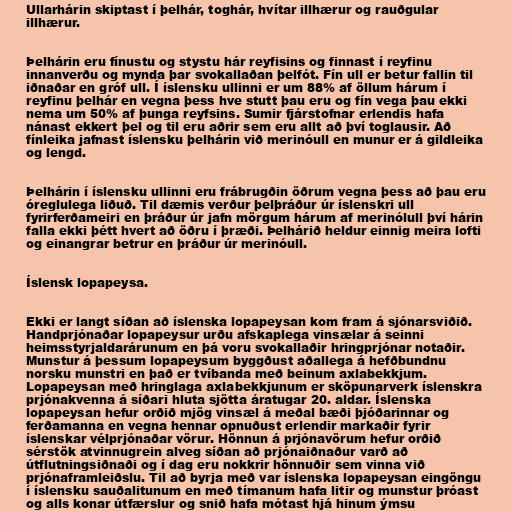
Ullarhárin skiptast í þelhár, toghár, hvítar illhærur og rauðgular
illhærur.

Þelhárin eru fínustu og stystu hár reyfisins og finnast í reyfinu
innanverðu og mynda þar svokallaðan þelfót. Fín ull er betur fallin til
iðnaðar en gróf ull. Í íslensku ullinni er um 88% af öllum hárum í
reyfinu þelhár en vegna þess hve stutt þau eru og fín vega þau ekki
nema um 50% af þunga reyfsins. Sumir fjárstofnar erlendis hafa
nánast ekkert þel og til eru aðrir sem eru allt að því toglausir. Að
fínleika jafnast íslensku þelhárin við merinóull en munur er á gildleika
og lengd.

Þelhárin í íslensku ullinni eru frábrugðin öðrum vegna þess að þau eru
óreglulega liðuð. Til dæmis verður þelþráður úr íslenskri ull
fyrirferðameiri en þráður úr jafn mörgum hárum af merinólull því hárin
falla ekki þétt hvert að öðru í þræði. Þelhárið heldur einnig meira lofti
og einangrar betrur en þráður úr merinóull.

Íslensk lopapeysa.

Ekki er langt síðan að íslenska lopapeysan kom fram á sjónarsviðið.
Handprjónaðar lopapeysur urðu afskaplega vinsælar á seinni
heimsstyrjaldarárunum en þá voru svokallaðir hringprjónar notaðir.
Munstur á þessum lopapeysum byggðust aðallega á hefðbundnu
norsku munstri en það er tvíbanda með beinum axlabekkjum.
Lopapeysan með hringlaga axlabekkjunum er sköpunarverk íslenskra
prjónakvenna á síðari hluta sjötta áratugar 20. aldar. Íslenska
lopapeysan hefur orðið mjög vinsæl á meðal bæði þjóðarinnar og
ferðamanna en vegna hennar opnuðust erlendir markaðir fyrir
íslenskar vélprjónaðar vörur. Hönnun á prjónavörum hefur orðið
sérstök atvinnugrein alveg síðan að prjónaiðnaður varð að
útflutningsiðnaði og í dag eru nokkrir hönnuðir sem vinna við
prjónaframleiðslu. Til að byrja með var íslenska lopapeysan eingöngu
í íslensku sauðalitunum en með tímanum hafa litir og munstur þróast
og alls konar útfærslur og snið hafa mótast hjá hinum ýmsu